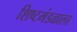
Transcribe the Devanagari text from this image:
शिष्टमंडळाला